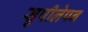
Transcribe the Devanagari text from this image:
सुपीलेपन